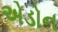
એડોન